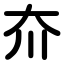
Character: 夼